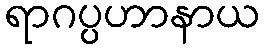
ရာဂပ္ပဟာနာယ